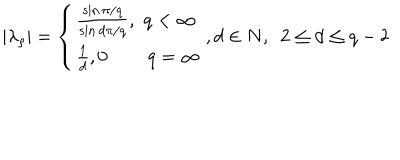
\left| \lambda _ { \rho } \right| = \left\{ \begin{array} { l } { { \frac { \sin \pi / q } { \sin d \pi / q } , \, \, q < \infty } } \\ { { \frac { 1 } { d } , 0 \, \, \, \, \, \, \, \, \, \, \, \, \, q = \infty } } \\ \end{array} \right. , d \in N , \, \, \, 2 \leq d \leq q - 2